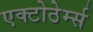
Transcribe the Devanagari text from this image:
एक्टोठेर्म्स